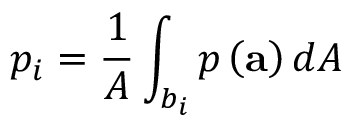
p _ { i } = \frac { 1 } { A } \int _ { b _ { i } } p \left( \mathbf { a } \right) d A